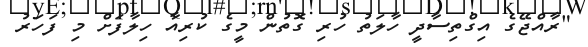
"ރާއްޖޭގެ އިގްތިސާދީ ހާލަތު ހުރި ގޮތުން މީގެ ކުރިއާ ހިލާފަށް މި ފަހަރު